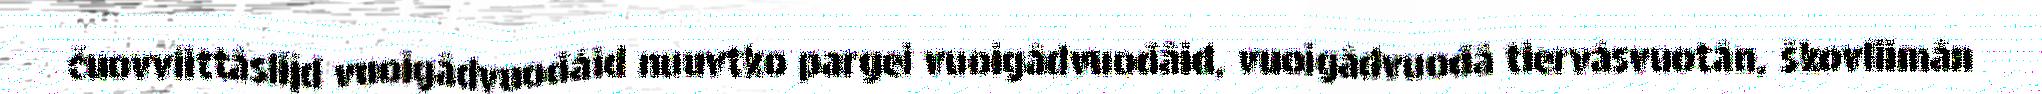
čuovviittâslijd vuoigâdvuođáid nuuvtko pargei vuoigâdvuođâid, vuoigâdvuođâ tiervâsvuotân, škovliimân